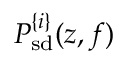
P _ { \mathrm { s d } } ^ { \{ i \} } ( z , f )